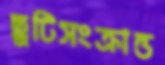
ছুটিসংক্রান্ত